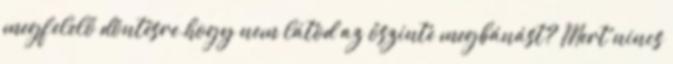
megfelelő döntésre.hogy nem látod az őszinte megbánást? Mert nincs